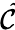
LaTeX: \cal\tilde{C}